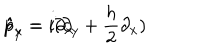
\hat { p } _ { x } = i \partial _ { x } \hspace { 2 c m } \hat { p } _ { y } = i ( \partial _ { y } + { \frac { h } { 2 } } \partial _ { x } )